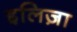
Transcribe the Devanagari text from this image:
इलिज़ा